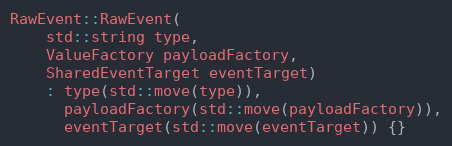
Language: C++
RawEvent::RawEvent(
    std::string type,
    ValueFactory payloadFactory,
    SharedEventTarget eventTarget)
    : type(std::move(type)),
      payloadFactory(std::move(payloadFactory)),
      eventTarget(std::move(eventTarget)) {}